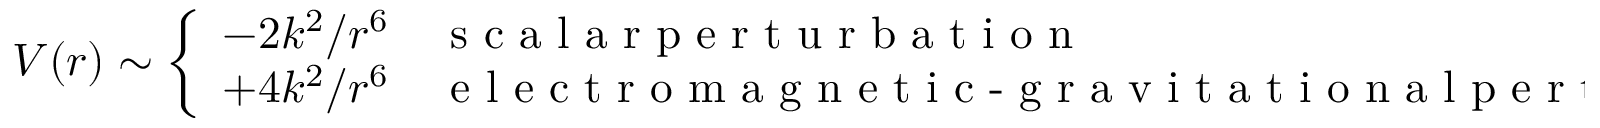
V ( r ) \sim \left\{ \begin{array} { c l } { { - 2 k ^ { 2 } / r ^ { 6 } } } & { { \textrm { s c a l a r p e r t u r b a t i o n } } } \\ { { + 4 k ^ { 2 } / r ^ { 6 } } } & { { \textrm { e l e c t r o m a g n e t i c - g r a v i t a t i o n a l p e r t u r b a t i o n } } } \end{array} \right.